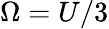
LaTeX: \Omega=U/3